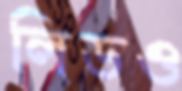
লিডও